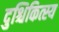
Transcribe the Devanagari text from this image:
दुश्चिकित्स्य